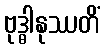
ဗုဒ္ဓါနုဿတိံ